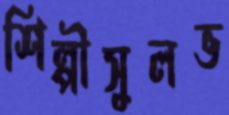
শিল্পীসুলভ